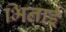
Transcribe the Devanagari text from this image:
भिनाई